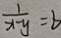
\frac { 1 } { x - y } = b